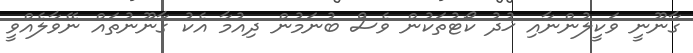
ގާނޫނީ ވަކީލުންނާއި ޚުދު ކޯޓުތަކުން ވެސް ބުނަމުން ދިއުމާ އެކު ގާނޫނުތައް ނޭވާލެއްވީ